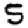
Digit: 5